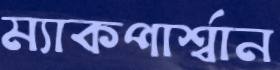
ম্যাকপার্শ্বান